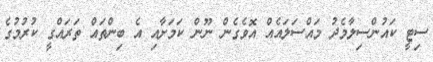
ސިޓީ ކައުންސިލާމެދު މައްސަލައެއް އޮވެގެން ނޫން ކަމަށާއި އެ ބިންތައް ތަރައްގީ ކުރުމުގެ